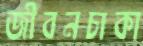
জীবনচাকা